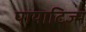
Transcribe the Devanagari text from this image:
पायाटिज्म